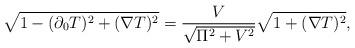
LaTeX: \begin{align*}\sqrt{1- (\partial_0 T)^2 + (\nabla T)^2} = {V \over \sqrt{\Pi^2 +V^2} } \sqrt{1 + (\nabla T)^2},\end{align*}